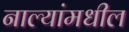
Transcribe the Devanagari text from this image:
नाल्यांमधील